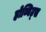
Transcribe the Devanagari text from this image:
होब्बिट्स